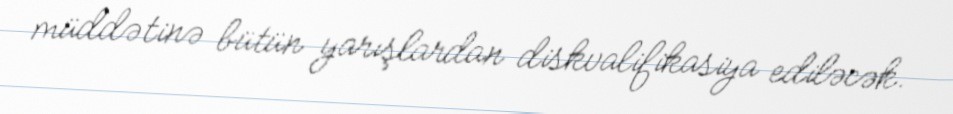
müddətinə bütün yarışlardan diskvalifikasiya ediləcək.